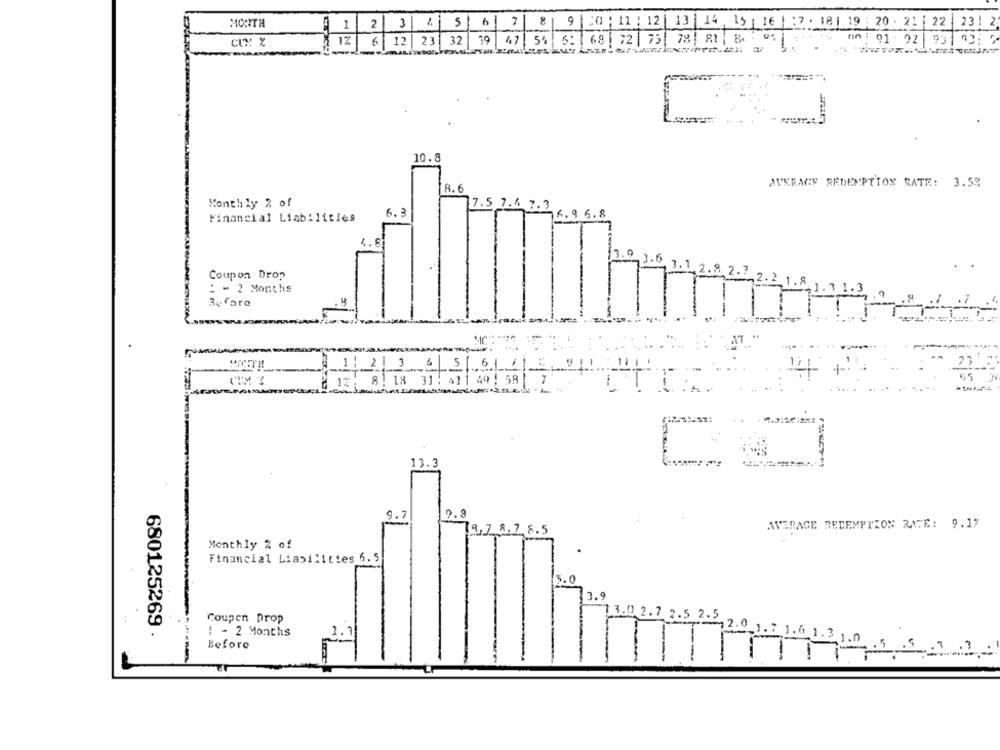
MONTH
11234567 8 9 20: 12/ 12/13 14 15 16 :7 18| 19 20 21 22 23 2
12| 6 12 23 32 39 47 54 5: 68 72 75 78 81 8. 01
on : 01- 92
93
**======
10.8
8.6
AVERAGE REDEMPTION RATE: 3.5%
Monthly % of
7.5 7.4 7.3
6.3
6. 9 6.8
Financial Liabilities
9 3.6
3.1
Coupon Drop
.8 2.7
: - 2 Months
Before
. H
MC
23
1| 2| 3 6/ 5/6/ 1 5 31
2 12 8| 18 31 : 011 49: 58
13.3
CO
9.7
9.8
AVERAGE REDEMPTION RATE: 9.17
9.7 8.7 8.5
Monthly % of
Financial Liabilities 6.5
5.0
3.9
Coupen Drop
7 3.0 2.7 2.5 2.5
680125269 .
2.0
1.7
! - 2 Months
1.1
1.6
Before
1.0